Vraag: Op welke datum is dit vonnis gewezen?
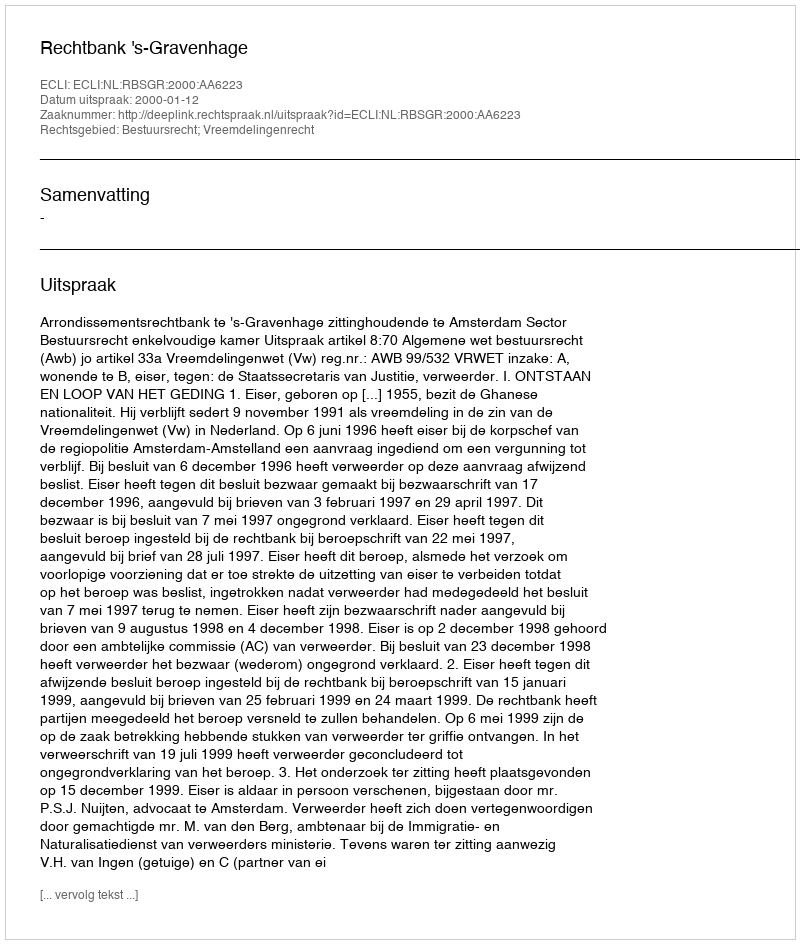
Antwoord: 2000-01-12